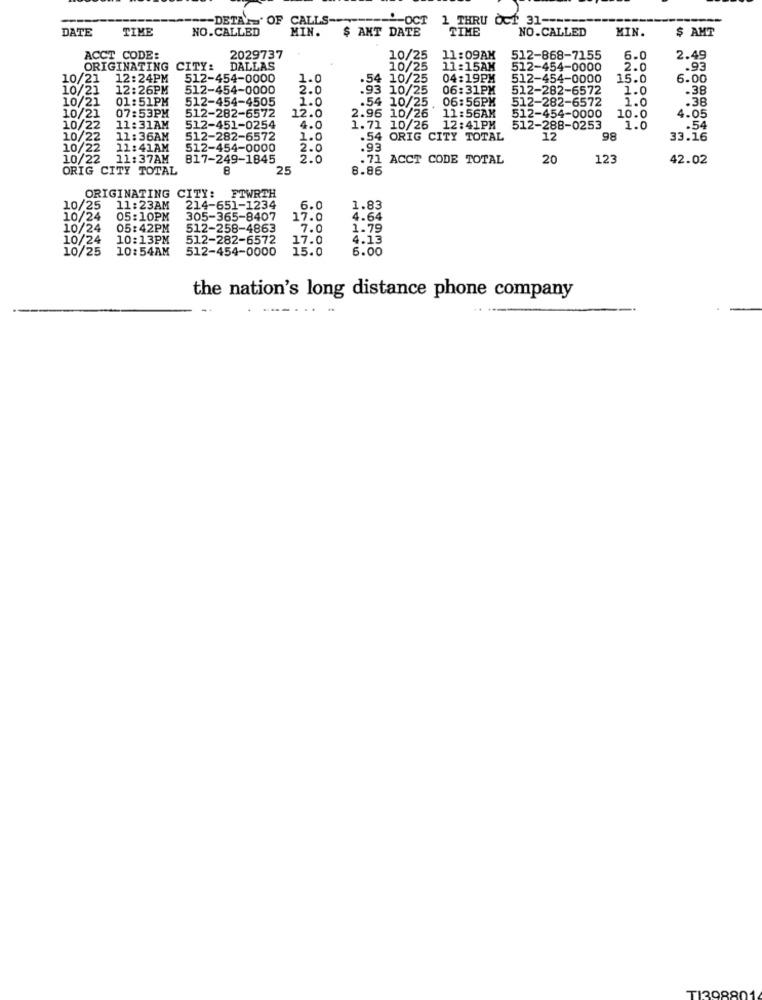
-- DETA =' OF CALLS-
"-OCT 1 THRU OCT 31 --
DATE
TIME
NO.CALLED
MIN.
$ ANT DATE
TIME
NO.CALLED
MIN.
$ AMT
ACCT CODE:
2029737
10/25
11:09AM
512-868-7155
5.0
2.49
ORIGINATING CITY:
DALLAS
10/25
11:15AM
512-454-0000
2.0
.93
10/21
12:24PM
512-454-0000
1.0
.54 10/25
04:19PM
512-454-0000
15.0
6.00
10/2]
12:26PM
512-454-0000
2.0
.93 10/25
06:31PM
512-282-6572
1.0
.38
10/21
01:51PM
512-454-4505
1.0
.54 10/25.
06:56PM
512-282-6572
2.0
.38
10/21
07:53PM
12.0
512-282-6572
2.96 10/26
11:56AM
512-454-0000
10.0
4.05
10/22 11:31AM
512-451-0254
4.0
1.71 10/26 12:41PM
512-288-0253
86
1.0
.54
10/22
11:36AM
512-282-6572
1.0
.54 ORIG CITY TOTAL
12
33.16
10/22
11:41AM
512-454-0000
2.0
.93
10/22
11:37AM
817-249-1845
2.0
. 71 ACCT CODE TOTAL
20
123
42.02
ORIG CITY TOTAL
8
25
8.86
FTWRTH
ORIGINATING CITY:
10/25 11:23AM
214-651-1234
6.0
1.83
10/24
05:10PM
305-365-8407
17.0
4.64
10/24 05:42PM
512-258-4863
7.0
1.79
10/24
10:13PM
512-282-6572
17.0
4.13
10/25 10:54AM
512-454-0000
15.0
6.00
the nation's long distance phone company
TI39880